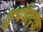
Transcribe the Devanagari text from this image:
तुर्यवाद्क